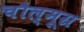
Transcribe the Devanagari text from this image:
चौल्मूग्र